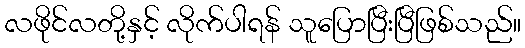
လဖိုင်လတို့နှင့် လိုက်ပါရန် သူပြောပြီးပြီဖြစ်သည်။